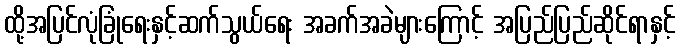
ထို့အပြင်လုံခြုံရေးနှင့်ဆက်သွယ်ရေး အခက်အခဲများကြောင့် အပြည်ပြည်ဆိုင်ရာနှင့်